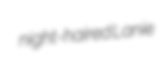
night-haired Lanie